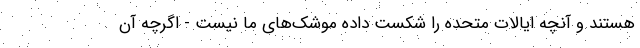
هستند و آنچه ایالات متحده را شکست داده موشک‌های ما نیست - اگرچه آن